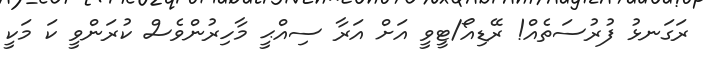
ރަގަނޅު ފުރުސަތެއް! ރޭޑިއޯ/ޓީވީ އަށް އަރާ ސިއްޙީ މާހިރުންވެސް ކުރަންވީ ކަ މަކީ